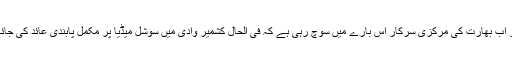
اور اب بھارت کی مرکزی سرکار اس بارے میں سوچ رہی ہے کہ فی الحال کشمیر وادی میں سوشل میڈیا پر مکمل پابندی عائد کی جائے۔